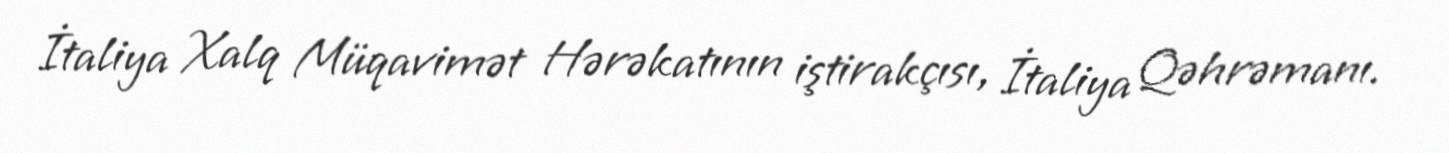
İtaliya Xalq Müqavimət Hərəkatının iştirakçısı, İtaliya Qəhrəmanı.